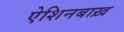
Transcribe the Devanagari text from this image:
ऐशिनबाख़